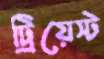
ট্রিয়েস্ট